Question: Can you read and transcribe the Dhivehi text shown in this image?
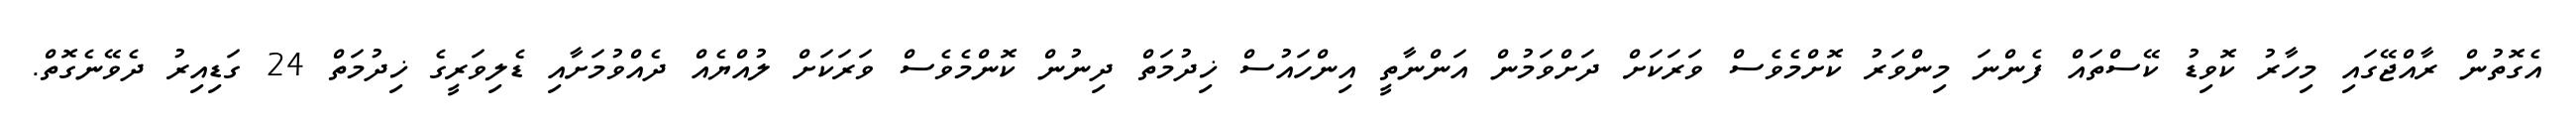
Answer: އެގޮތުން ރާއްޖޭގައި މިހާރު ކޮވިޑު ކޭސްތައް ފެންނަ މިންވަރު ކޮށްމެވެސް ވަރަކަށް ދަށްވަމުން އަންނާތީ އިންހައުސް ޚިދުމަތް ދިނުން ކޮންމެވެސް ވަރަކަށް ލުއްޔެއް ދެއްވުމަށާއި ޑެލިވަރީގެ ޚިދުމަތް 24 ގަޑިއިރު ދެވޭނެގޮތް.